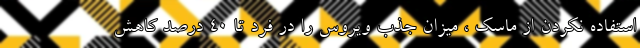
استفاده نکردن از ماسک ، میزان جذب ویروس را در فرد تا ۴۰ درصد کاهش